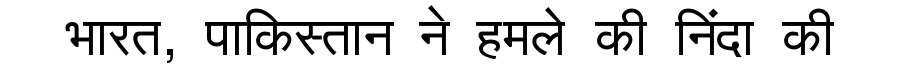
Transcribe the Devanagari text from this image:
भारत, पाकिस्तान ने हमले की निंदा की